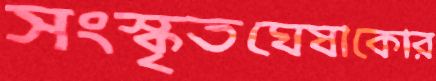
সংস্কৃতঘেষাকোর